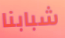
شبابنا